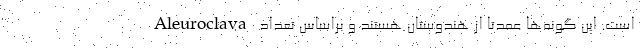
Aleuroclava است. این گونه‌ها عمدتاً از هندوستان هستند و براساس تعداد